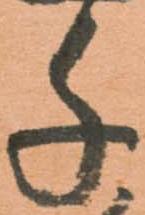
千